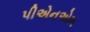
પીએનએમ